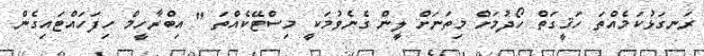
ރަނގަޅުކަމެއްތަ ހަޤީގަތް ހޯދުމަށް މިތަނަށް ލީން ގެނެވުމަކީ މިސްޓޭކެއްތަ " އިބްރާހީމް ހިފަހައްޓައިގެން